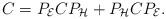
LaTeX: \begin{align*}C=P_{\cal E}CP_{\cal H}+P_{\cal H}CP_{\cal E}.\end{align*}